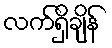
လက်ရှိချိန်